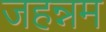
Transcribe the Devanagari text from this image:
जहन्नम